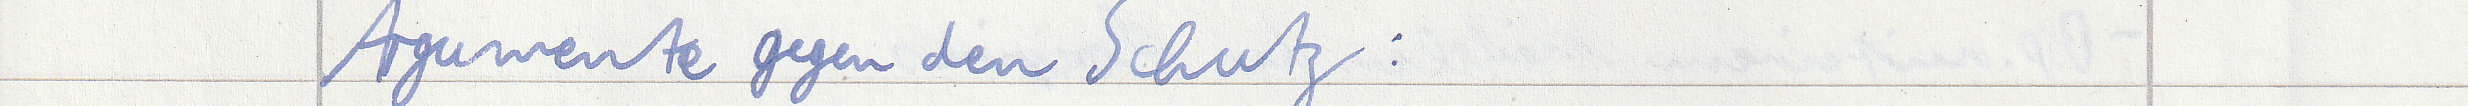
Argumente gegen den Schutz: